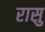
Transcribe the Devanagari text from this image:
रासु